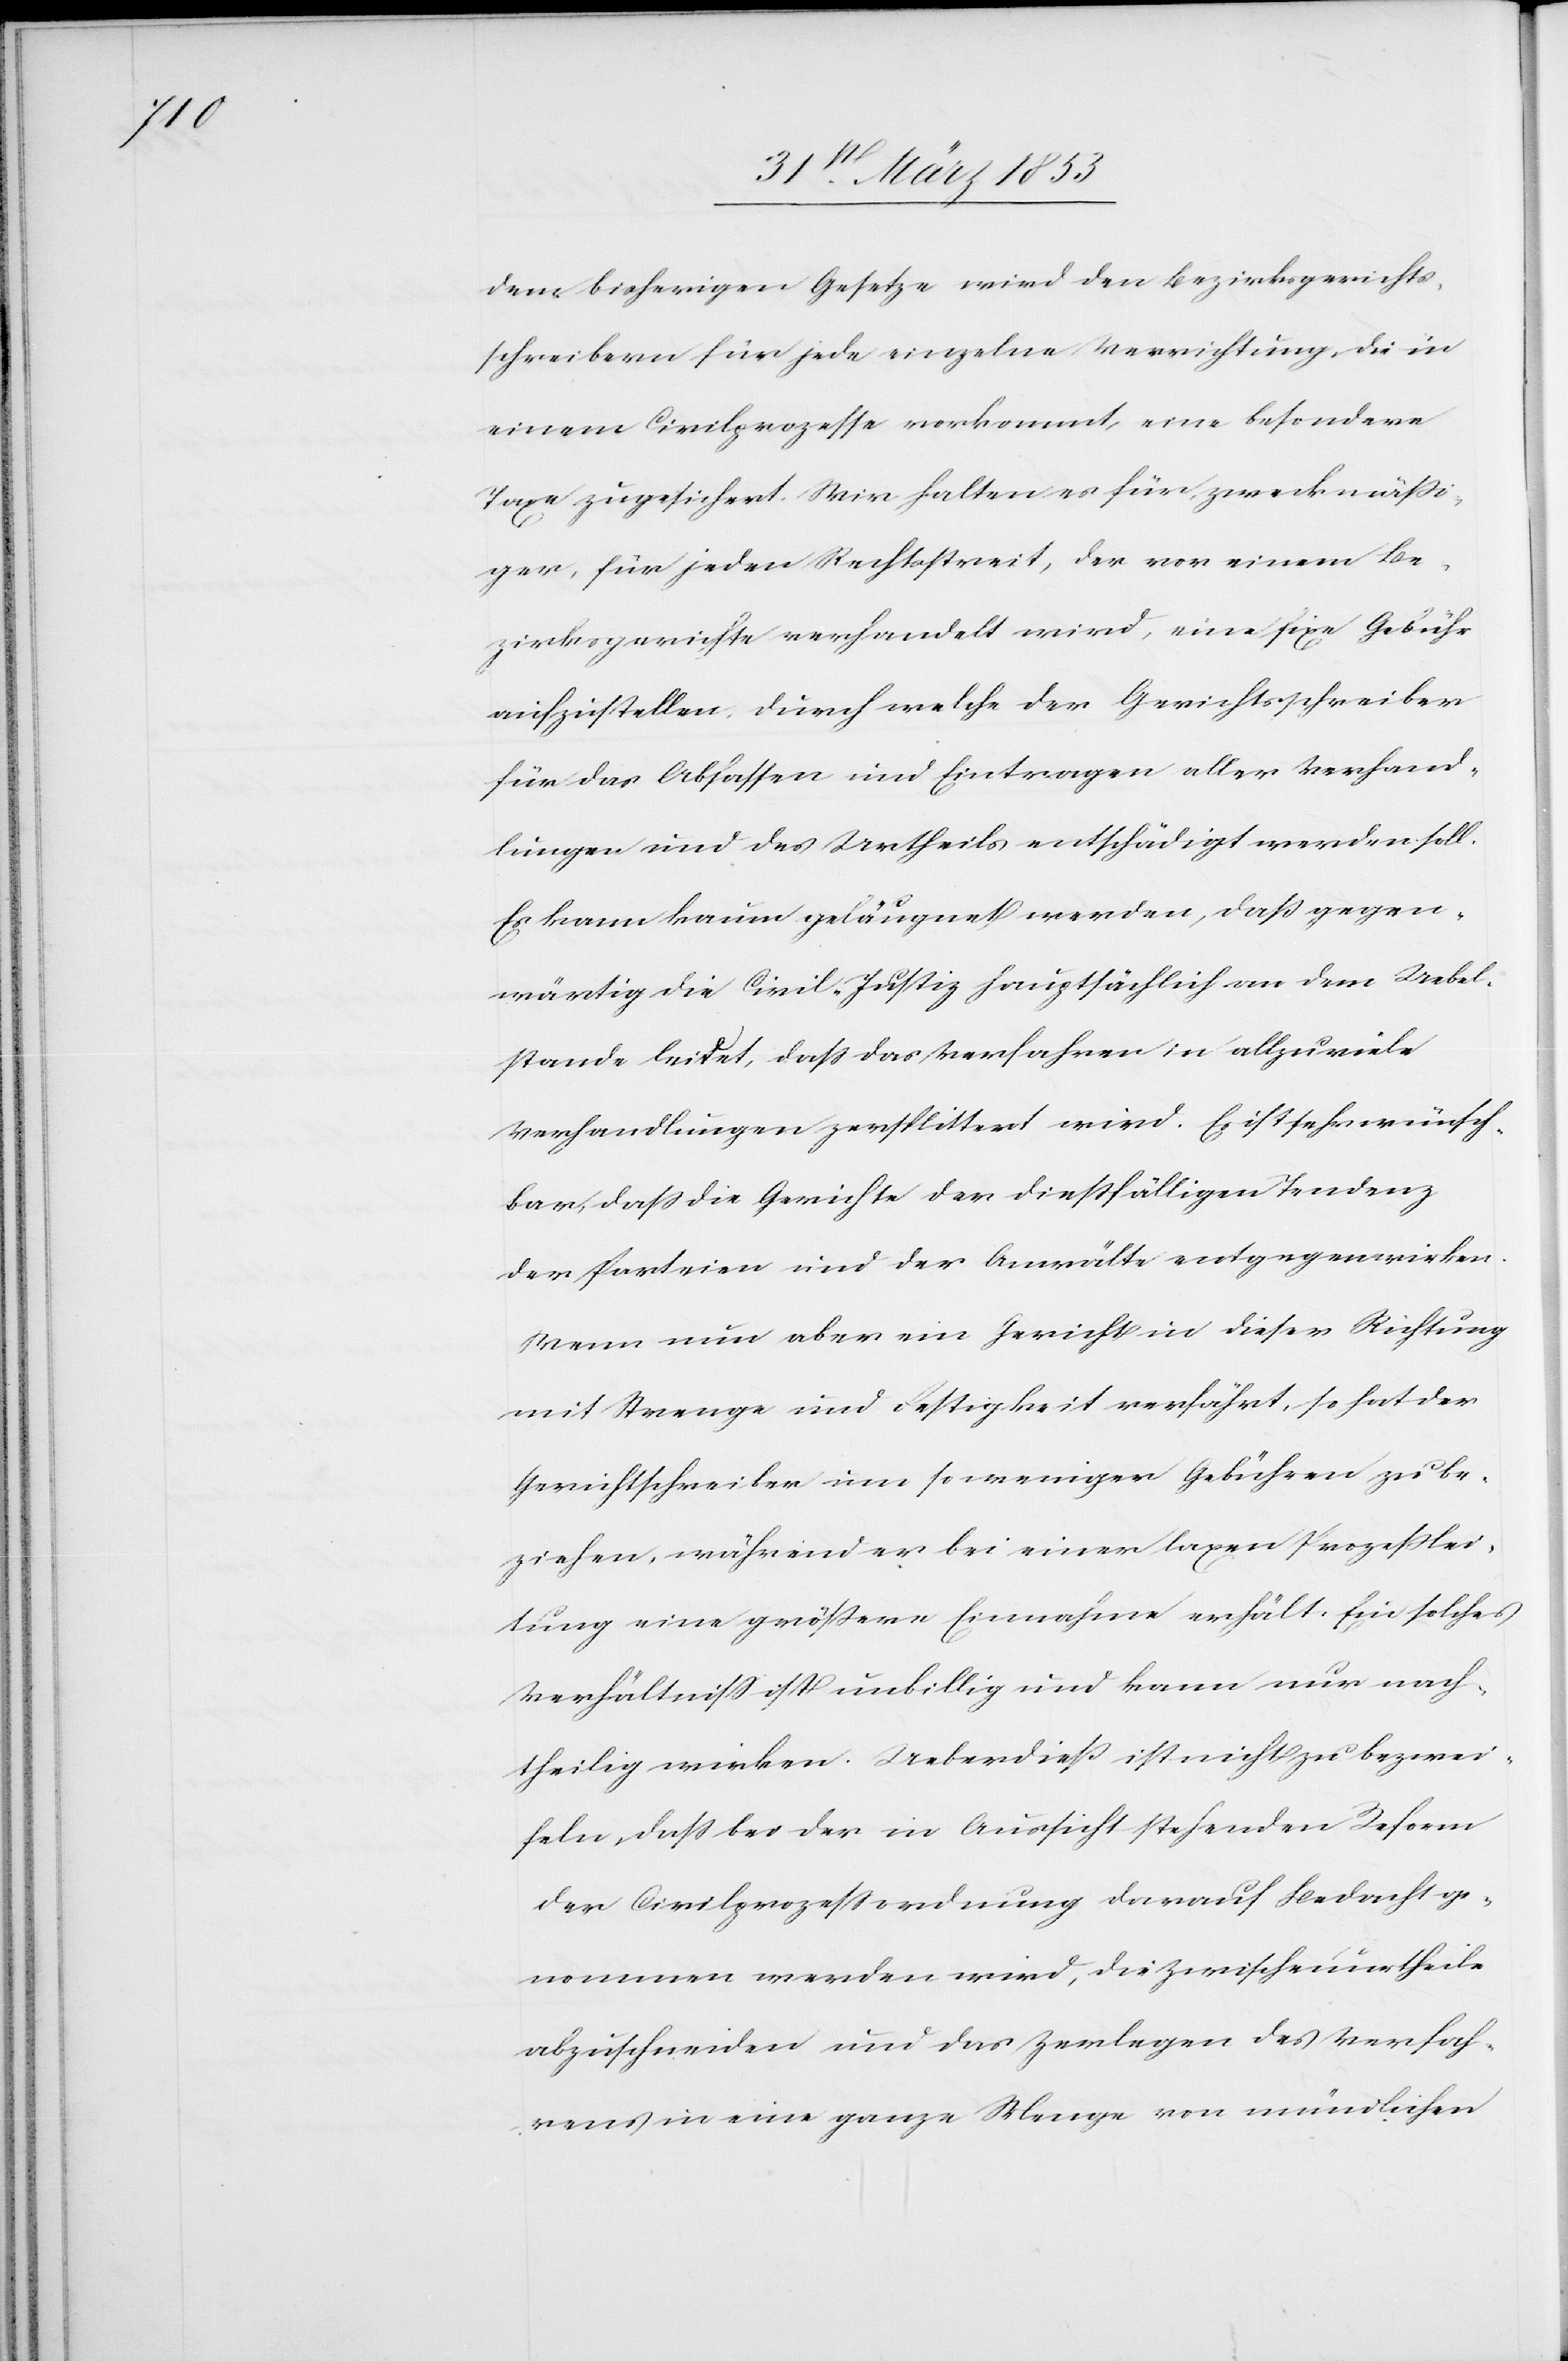
dem bisherigen Gesetze wird den Bezirksgerichts¬
schreibern für jede einzelne Verrichtung die in
einem Civilprozesse vorkommt, eine besondere
Taxe zugesichert. Wir halten es für zweckmäßi¬
ger, für jeden Rechtsstreit, der vor einem Be¬
zirksgerichte verhandelt wird, eine fixe Gebühr
aufzustellen, durch welche der Gerichtsschreiber
für das Abfassen und Eintragen aller Verhand¬
lungen und des Urtheils entschädigt werden soll.
Es kann kaum geläugnet werden, daß gegen¬
wärtig die Civil-Justiz hauptsächlich an dem Uebel¬
stande leidet, daß das Verfahren in allzu viele
Verhandlungen zersplittert wird. Es ist sehr wünsch¬
bar, daß die Gerichte der dießfälligen Tendenz
der Parteien und der Anwälte entgegenwirken.
Wenn nun aber ein Gericht in dieser Richtung
mit Strenge und Festigkeit verfährt, so hat der
Gerichtsschreiber um so weniger Gebühren zu be¬
ziehen, während er bei einer laxen Prozeßlei¬
tung eine größere Einnahme erhält. Ein solches
Verhältniß ist unbillig und kann nur nach¬
theilig wirken. Ueberdieß ist nicht zu bezwei¬
feln, daß bei der in Aussicht stehenden Reform
der Civilprozeßordnung darauf Bedacht ge¬
nommen werden wird, die Zwischenurtheile
abzuschneiden und das Zerlegen des Verfah¬
rens in eine ganze Menge von mündlichen